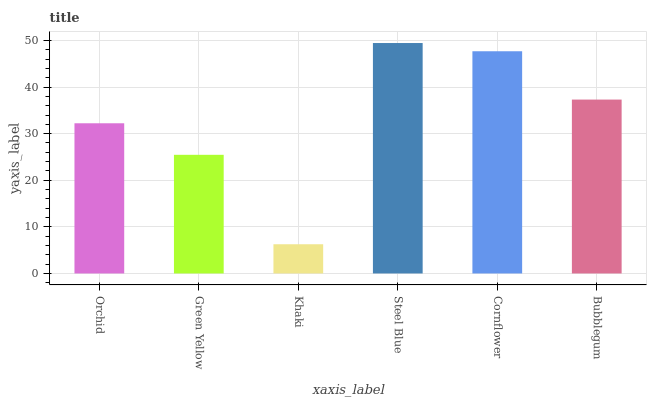
| xaxis_label | bars |
 | --- | --- |
 | Orchid | 32.2 |
 | Green Yellow | 25.5 |
 | Khaki | 6.27 |
 | Steel Blue | 49.4 |
 | Cornflower | 47.7 |
 | Bubblegum | 37.3 |